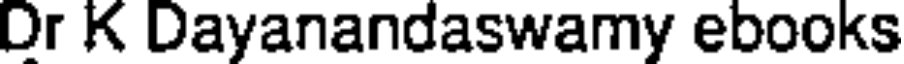
Dr K Dayanandaswamy ebooks